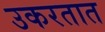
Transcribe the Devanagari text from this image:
उकरतात